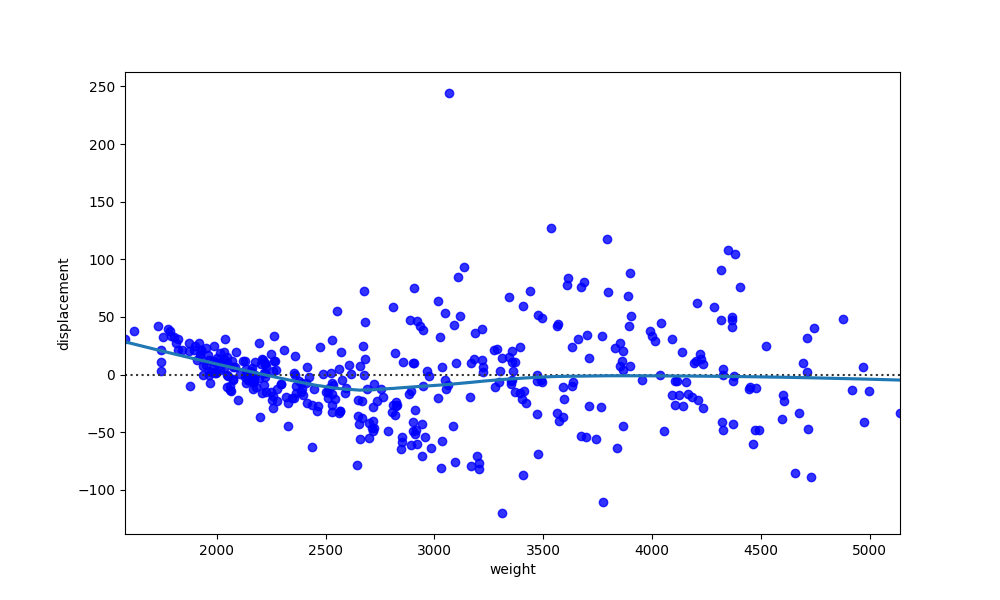
python, seaborn, residplot, lowess=True, scatter_color=blue